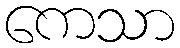
ကေသာ